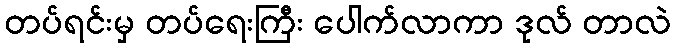
တပ်ရင်းမှ တပ်ရေးကြီး ပေါက်လာကာ ဒုလ် တာလဲ